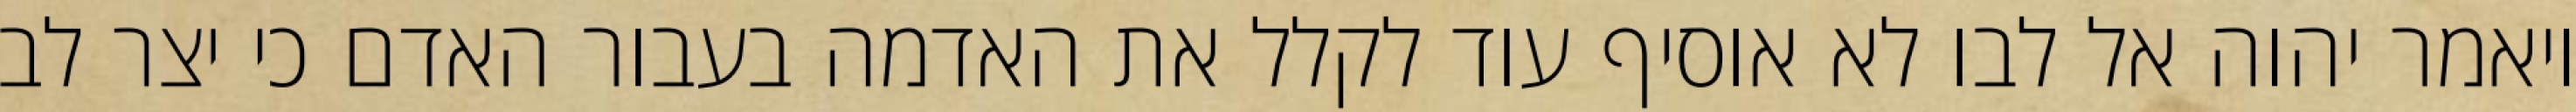
ויאמר יהוה אל לבו לא אוסיף עוד לקלל את האדמה בעבור האדם כי יצר לב